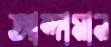
আন্দামান